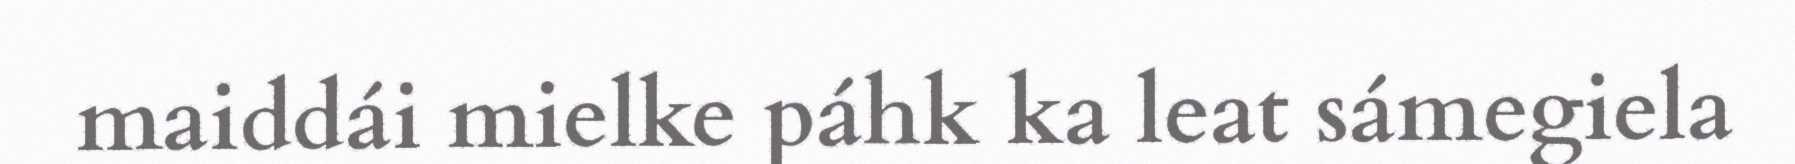
maiddái mielke páhk ka leat sámegiela